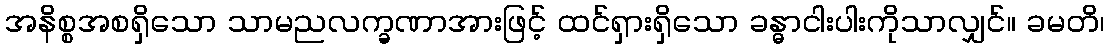
အနိစ္စအစရှိသော သာမညလက္ခဏာအားဖြင့် ထင်ရှားရှိသော ခန္ဓာငါးပါးကိုသာလျှင်။ ခမတိ၊